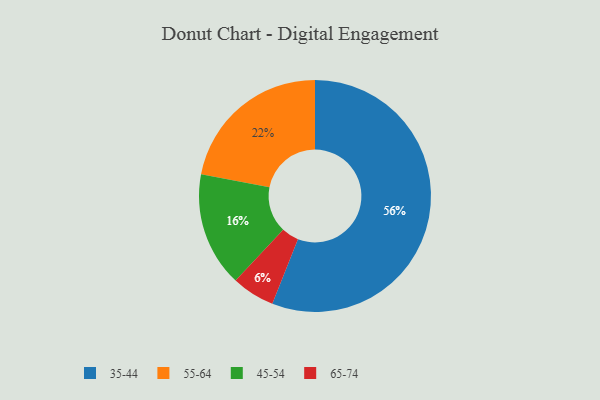
{"axis": {"x": "Category", "y": "Percentage"}, "legend": ["35-44", "45-54", "55-64", "65-74"], "data": [{"x": "45-54", "y": 16, "type": "45-54"}, {"x": "65-74", "y": 6, "type": "65-74"}, {"x": "35-44", "y": 56, "type": "35-44"}, {"x": "55-64", "y": 22, "type": "55-64"}]}